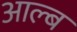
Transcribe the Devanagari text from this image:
आल्ब